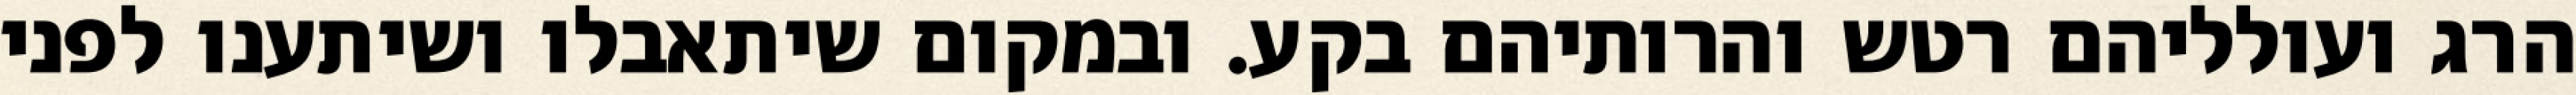
הרג ועולליהם רטש והרותיהם בקע. ובמקום שיתאבלו ושיתענו לפני